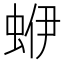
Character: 蛜